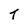
Character: T